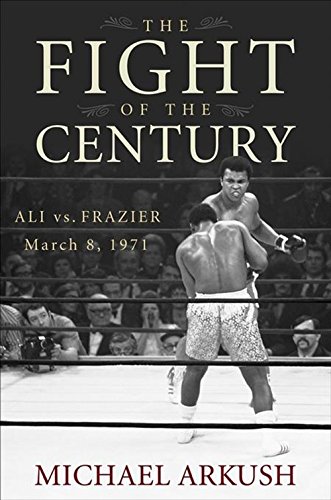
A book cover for The Fight of the Century: Ali vs. Frazier March 8, 1971; Michael Arkush; Sports & Outdoors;